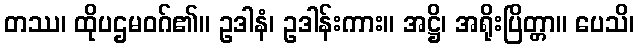
တဿ၊ ထိုပဌမဝဂ်၏။ ဥဒါနံ၊ ဥဒါန်းကား။ အဋ္ဌိ၊ အရိုးပြိတ္တာ။ ပေသိ၊